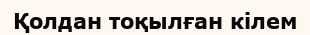
Қолдан тоқылған кілем